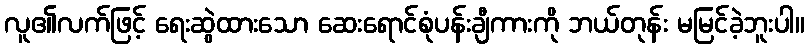
လူ၏လက်ဖြင့် ရေးဆွဲထားသော ဆေးရောင်စုံပန်းချီကားကို ဘယ်တုန်း မမြင်ခဲ့ဘူးပါ။